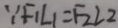
\because F _ { 1 } L _ { 1 } = F _ { 2 } L _ { 2 }